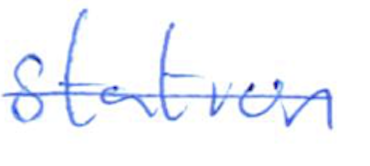
Text: station
Cross-out: mix
Writing tool: ballpoint